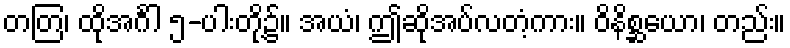
တတြ၊ ထိုအင်္ဂါ ၅-ပါးတို့၌။ အယံ၊ ဤဆိုအပ်လတံ့ကား။ ဝိနိစ္ဆယော၊ တည်း။